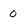
Character: 0